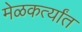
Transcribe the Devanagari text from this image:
मेळकर्त्यांत